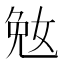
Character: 𫰲